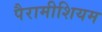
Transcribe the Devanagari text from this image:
पैरामीशियम